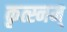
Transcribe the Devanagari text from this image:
कृत्स्नम्‌